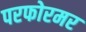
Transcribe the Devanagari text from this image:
परफोरमर